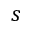
s